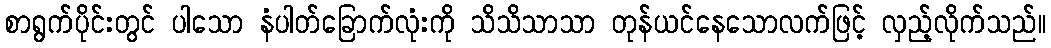
စာရွက်ပိုင်းတွင် ပါသော နံပါတ်ခြောက်လုံးကို သိသိသာသာ တုန်ယင်နေသောလက်ဖြင့် လှည့်လိုက်သည်။